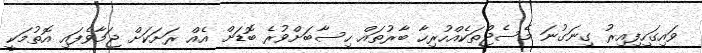
ވައިގަހިފިއިރު ގިނަގުނަ މެސެޖްތަކެއްހުރިހާ ބާރުތައް ހިސާބަށްވުރެ ބޮޑަށް އެއް ރަށަކަށް ޖަމާވެފައި އޮތުމަކީ